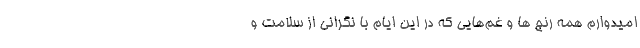
امیدوارم همه رنج ها و غم‌هایی که در این ایام با نگرانی از سلامت و